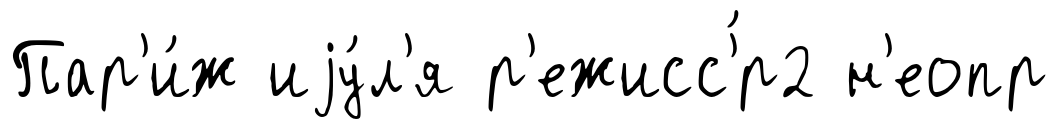
Пар'и́ж иjу́л'я р'ежисс'́р2 н'еопр